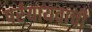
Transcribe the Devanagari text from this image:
पर्रयायवाची